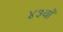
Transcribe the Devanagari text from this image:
४३वॉ